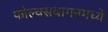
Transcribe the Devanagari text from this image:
फोल्क्सवागनमध्ये